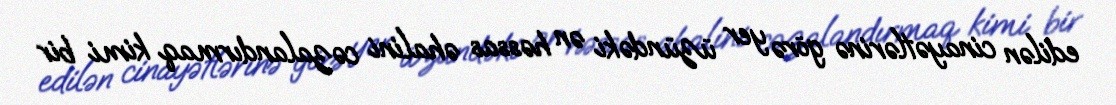
edilən cinayətlərinə görə yer üzündəki ən həssas əhalini cəzalandırmaq kimi bir